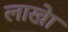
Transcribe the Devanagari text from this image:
लाखेा